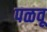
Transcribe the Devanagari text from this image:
पळवू